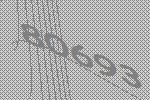
80693